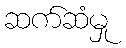
ဆက်ဆံမှု